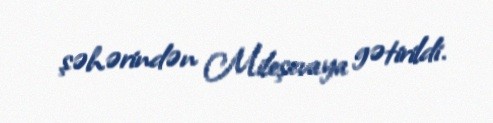
şəhərindən Mileşevaya gətirildi.